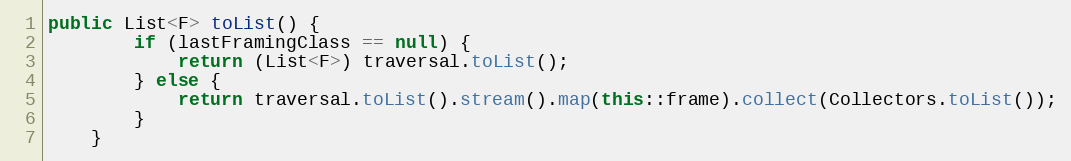
Language: Java
public List<F> toList() {
        if (lastFramingClass == null) {
            return (List<F>) traversal.toList();
        } else {
            return traversal.toList().stream().map(this::frame).collect(Collectors.toList());
        }
    }